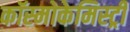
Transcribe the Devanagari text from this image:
कॉस्मोकेमिस्ट्री